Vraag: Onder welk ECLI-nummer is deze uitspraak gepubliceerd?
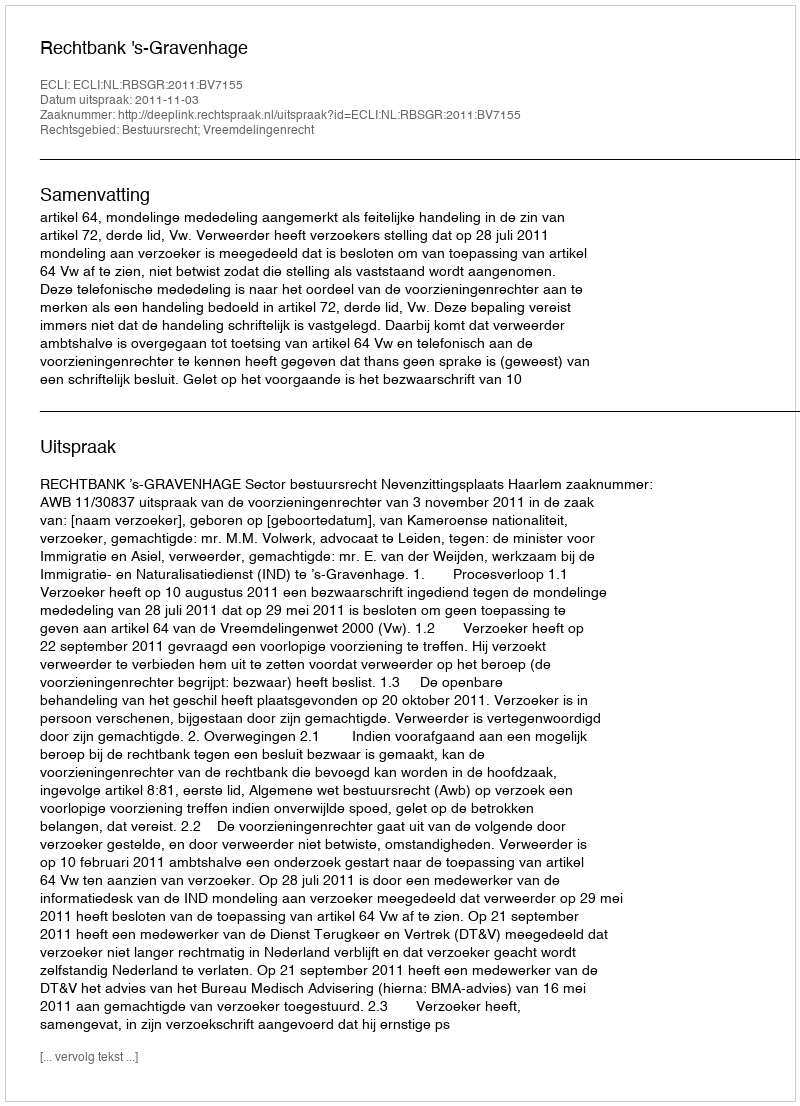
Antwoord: ECLI:NL:RBSGR:2011:BV7155